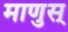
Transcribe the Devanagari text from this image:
माणुस्